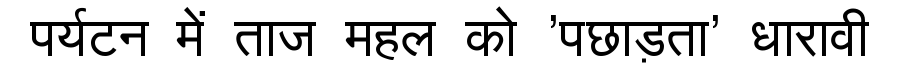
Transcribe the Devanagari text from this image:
पर्यटन में ताज महल को 'पछाड़ता' धारावी